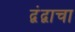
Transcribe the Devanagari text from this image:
द्वंद्वाचा